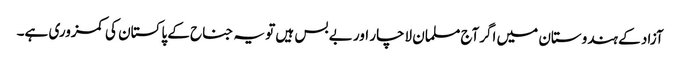
آزاد کے ہندوستان میں اگرآج مسلمان لاچار اور بے بس ہیں تو یہ جناح کے پاکستان کی کمزوری ہے۔